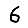
Digit: 6